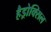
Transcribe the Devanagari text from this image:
हैड्रोक्सिल